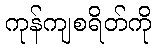
ကုန်ကျစရိတ်ကို